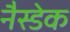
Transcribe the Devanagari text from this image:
नैस्डेक